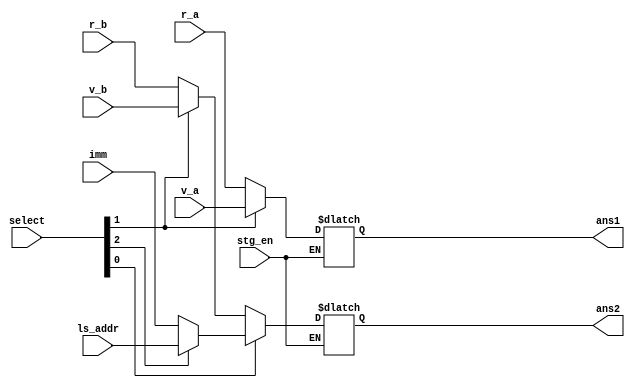
`timescale 1ns / 1ps


module alu_in_mux(
    input stg_en ,
    input [31:0] r_a , r_b , v_a , v_b , imm , ls_addr ,
    input [2:0] select,
    output reg [31:0] ans1 , ans2
    );
    
    always@(*)
    begin
    
    if (stg_en == 1'b1)
    begin
    ans1 = (select[1]) ? v_a : r_a ;
    
    ans2 = (select[0]) ? ((select[2])? ls_addr : imm )  : ((select[1]) ?  v_b : r_b) ;
    end
    
    end

endmodule